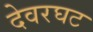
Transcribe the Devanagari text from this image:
देवरघट